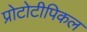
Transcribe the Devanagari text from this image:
प्रोटोटीपिकल